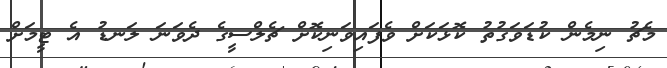
މެޗު ނިމެން ކުޑަވަގުތު ކޮޅަކަށް ވެފައިވަނިކޮށް ޗެލްސީގެ ދެވަނަ ލަނޑު އެ ޓީމަށް